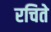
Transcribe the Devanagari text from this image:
रचिते